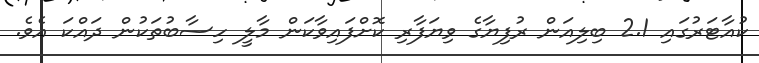
ކުއާޓަރުގައި 2.1 ބިލިއަން ރުފިޔާގެ ވިޔަފާރި ކޮށްފައިވާކަން މާލީ ހިސާބުތަކުން ދައްކަ އެވެ.